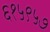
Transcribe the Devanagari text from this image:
६१५९५७